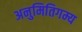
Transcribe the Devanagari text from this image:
अनुमितिगम्य